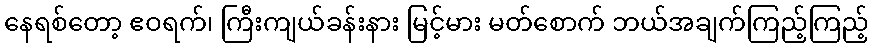
နေရစ်တော့ ဧဝရက်၊ ကြီးကျယ်ခန်းနား မြင့်မား မတ်စောက် ဘယ်အချက်ကြည့်ကြည့်